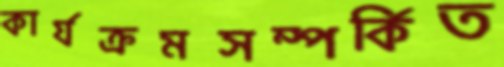
কার্যক্রমসম্পর্কিত